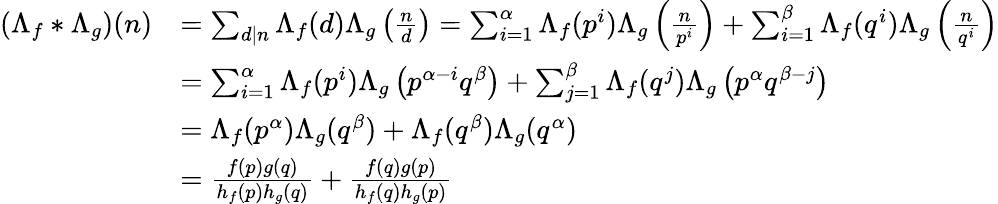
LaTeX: \begin{array}{rl}{\left(\Lambda_{f}\ast\Lambda_{g}\right)(n)}&{=\sum_{d\mid n}\Lambda_{f}(d)\Lambda_{g}\left(\frac{n}{d}\right)=\sum_{i=1}^{\alpha}\Lambda_{f}(p^{i})\Lambda_{g}\left(\frac{n}{p^{i}}\right)+\sum_{i=1}^{\beta}\Lambda_{f}(q^{i})\Lambda_{g}\left(\frac{n}{q^{i}}\right)}\\ &{=\sum_{i=1}^{\alpha}\Lambda_{f}(p^{i})\Lambda_{g}\left(p^{\alpha-i}q^{\beta}\right)+\sum_{j=1}^{\beta}\Lambda_{f}(q^{j})\Lambda_{g}\left(p^{\alpha}q^{\beta-j}\right)}\\ &{=\Lambda_{f}(p^{\alpha})\Lambda_{g}(q^{\beta})+\Lambda_{f}(q^{\beta})\Lambda_{g}(q^{\alpha})}\\ &{=\frac{f(p)g(q)}{h_{f}(p)h_{g}(q)}+\frac{f(q)g(p)}{h_{f}(q)h_{g}(p)}}\end{array}